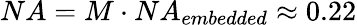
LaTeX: NA=M\cdot NA_{embedded}\approx 0.22